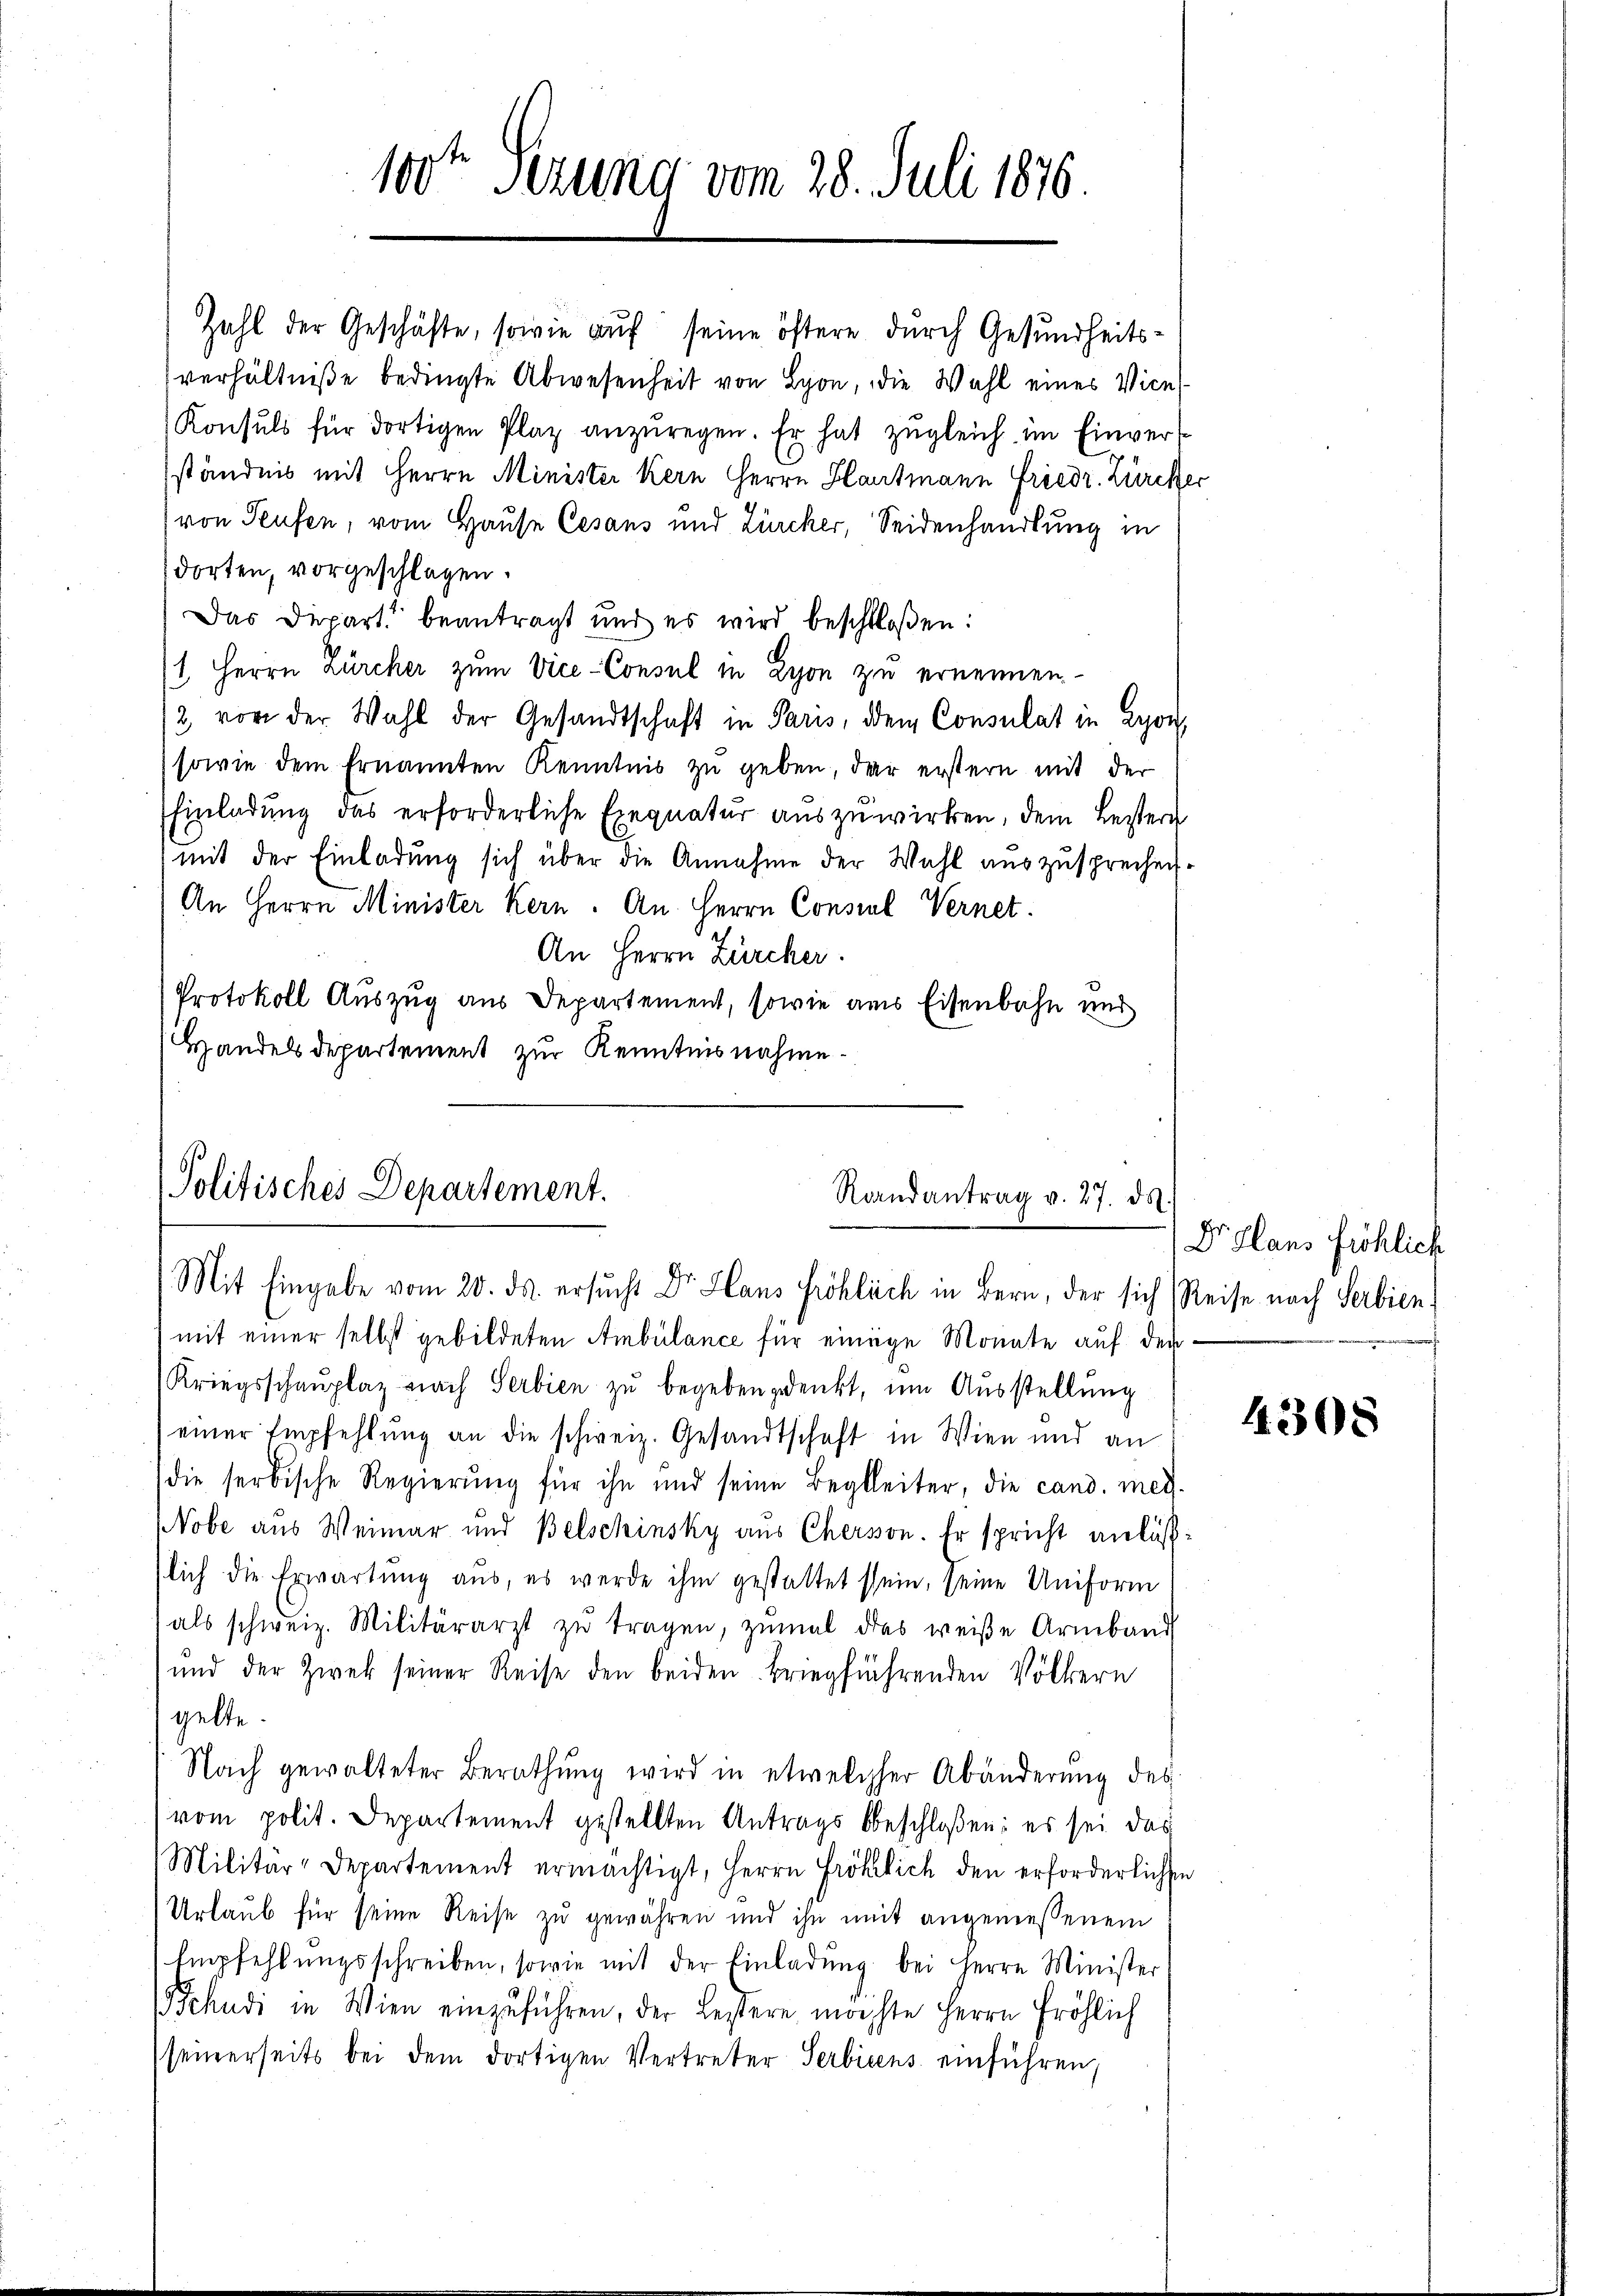
100te Serung vom 28. Juli 1876.

Zahl der Geschäfte, sowie auf seine öftere durch Gesundheitsverhältniße bedingte Abwesenheit von Lyon, die Wahl eines Vice¬
Konsuls für dortigen Plaz anzŭregen. Er hat zugleich im Einverständnis mit Herrn Minister Kern Herrn Hartmann Friedr. Zürcher
von Teufen, vom Hause Cesans und Zürcher, Seidenhandlung in
dorten, vorgeschlagen.
Das Depart beantragt und es wird beschloßen:
1 Herrn Zürcher zum Vice-Consul in Lyon zu ernennen.
2 vor der Wahl der Gesandtschaft in Paris, dem Consulat in Lyon,
sowie dem Ernannten Kenntnis zu geben, der erstern mit der
Einladung des erforderliche Exequatur auszuwirken, dem Bestern
mit der Einladung sich über die Annahme der Wahl auszusprechen.
An Herrn Minister Kern. An Herrn Consul Vernet.
An Herrn Zürcher.
Protokoll Auszug aus Departement, sowie aus Eisenbahn und
Handelsdepartement zur Kenntnisnahme

Politisches Departement.
Randantrag v. 27. ds.
Mit Eingabe vom 20. ds. ersucht Dr Hans Fröhlich in Bern, der sich Reise nach Serbien

mit einer selbst gebildeten Ambülance für einige Monate auf den
Kriegsschaŭplaz nach Serbien zu begebendenkt, um Ausstellung
einer Empfehlung an die schweiz. Gesandtschaft in Wien und an
die serbische Regierung für ihn und seine Begleiter, die cand. med.
Nobe aus Weimar und Belschinsky aus Cherson. Er spricht anläßslich die Erwartung aŭs, es werde ihm gestattet sein, seine Uniform
als schweiz. Militärarzt zŭ tragen, zŭmal das weise Armband
ŭnd der Zwek seiner Reise den beiden Briegführenden Völkern
gelte.
Nach gewalteter Berathŭng wird in etwelcher Abänderŭng des
vom polit. Departement gestellten Antrags beschloßen: es sei das
Militär-Departement ermächtigt, Herrn Fröhlich den erforderlichen
Urlaub für seine Reise zu gewähren und ihn mit angemessenem
Empfehlŭngsschreiben, sowie mit der Einladŭng bei Herrn Minister
chudi in Wien einzuführen, der Leztere möchte Herrn Fröhlich
seinerseits bei dem dortigen Vertreter Serbiens einführen,

Dr Plans fröhlich

4308